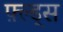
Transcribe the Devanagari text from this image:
फ़्ल्ड्स